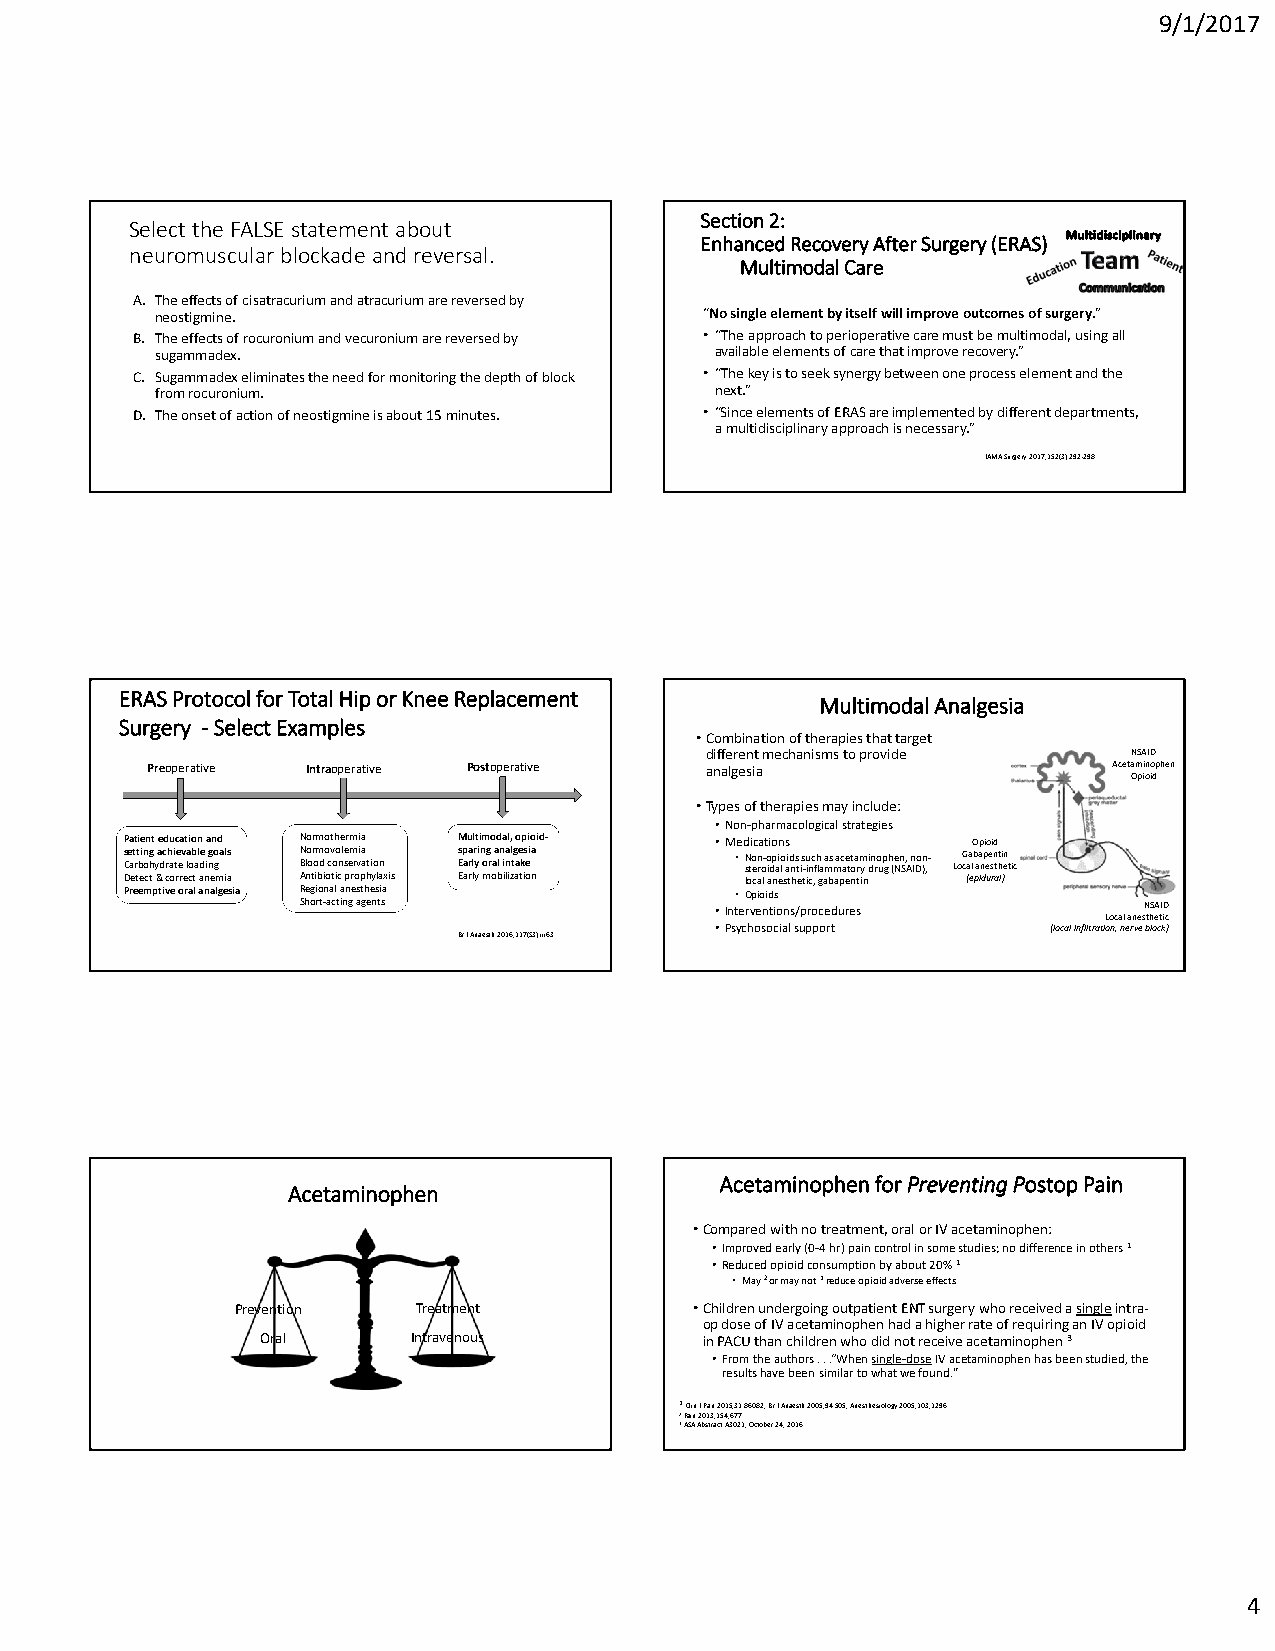
9/1/2017
 Section 2:
 Select the FALSE statement about
 Enhanced Recovery After Surgery (ERAS)
 neuromuscular blockade and reversal.
 Multimodal Care
 A. The effects of cisatracuriumand atracuriumare reversed by
 neostigmine.                         “No single element by itself will improve outcomes of surgery.”
 B. The effects of rocuroniumand vecuroniumare reversed by • “The approach to perioperative care must be multimodal, using all
 sugammadex.                          available elements of care that improve recovery.”
 C. Sugammadexeliminates the need for monitoring the depth of block • “The key is to seek synergy between one process element and the
 from rocuronium.                     next.”
 D. The onset of action of neostigmine is about 15 minutes. • “Since elements of ERAS are implemented by different departments,
 a multidisciplinary approach is necessary.”
 JAMA Surgery 2017;152(3):292‐298
 ERAS Protocol for Total Hip or Knee Replacement
 Multimodal Analgesia
 Surgery ‐Select Examples
 •Combination of therapies that target
 different mechanisms to provide NSAID
 Preoperative Intraoperative Postoperative analgesia             Acetaminophen
 Opioid
 •Types of therapies may include:
 •Non‐pharmacological strategies
 Patient education and Normothermia Multimodal, opioid‐ •Medications Opioid
 s Ce at rt bin og h ya dc rh ai te ev a lob al de ig no gals N Blo or om do cv oo nle sem rvia ation s Ep aa rlr yin og r aa ln ia nl tg ae ks eia •N sto en ro‐o idp ai lo aid ns t is ‐u inc fh la a ms mac ae tt oa rm y din ro up gh (e Nn S, A n IDon ),‐ LoG caa lb aa np ee sn thti en tic
 Detect & correct anemia Antibiotic prophylaxis Early mobilization local anesthetic, gabapentin (epidural)
 Preemptive oral analgesia Regional anesthesia •Opioids
 Short‐acting agents        •Interventions/procedures    NSAID
 Local anesthetic
 •Psychosocial support  (local infiltration, nerve block)
 Br J Anaesth2016;117(S3):iii63
 Acetaminophen for Preventing Postop Pain
 Acetaminophen
 •Compared with no treatment, oral or IV acetaminophen:
 •Improved early (0‐4 hr) pain control in some studies; no difference in others 1
 •Reduced opioid consumption by about 20% 1
 •May 2 or may not 1reduce opioid adverse effects
 Prevention  Treatment         •Children undergoing outpatient ENT surgery who received a singleintra‐
 op dose of IV acetaminophen had a higher rate of requiring an IV opioid
 Oral      Intravenous         in PACU than children who did not receive acetaminophen 3
 •From the authors . . .“When single‐doseIV acetaminophen has been studied, the
 results have been similar to what we found.”
 1ClinJ Pain 2015;31:86082; Br J Anaesth2005;94:505; Anesthesiology 2005;103;1296
 2Pain 2013;154;677
 3ASA Abstract A3021, October 24, 2016
 4